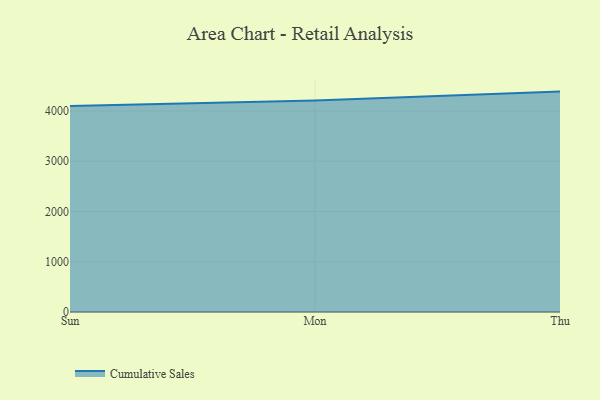
{"axis": {"x": "Day", "y": "Operating Costs (USD K)"}, "legend": ["Cumulative Sales"], "data": [{"x": "Sun", "y": 4099.5, "type": "Cumulative Sales"}, {"x": "Mon", "y": 4209.9, "type": "Cumulative Sales"}, {"x": "Thu", "y": 4386.6, "type": "Cumulative Sales"}]}